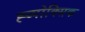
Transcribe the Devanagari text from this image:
ह्य्पोक्सिक